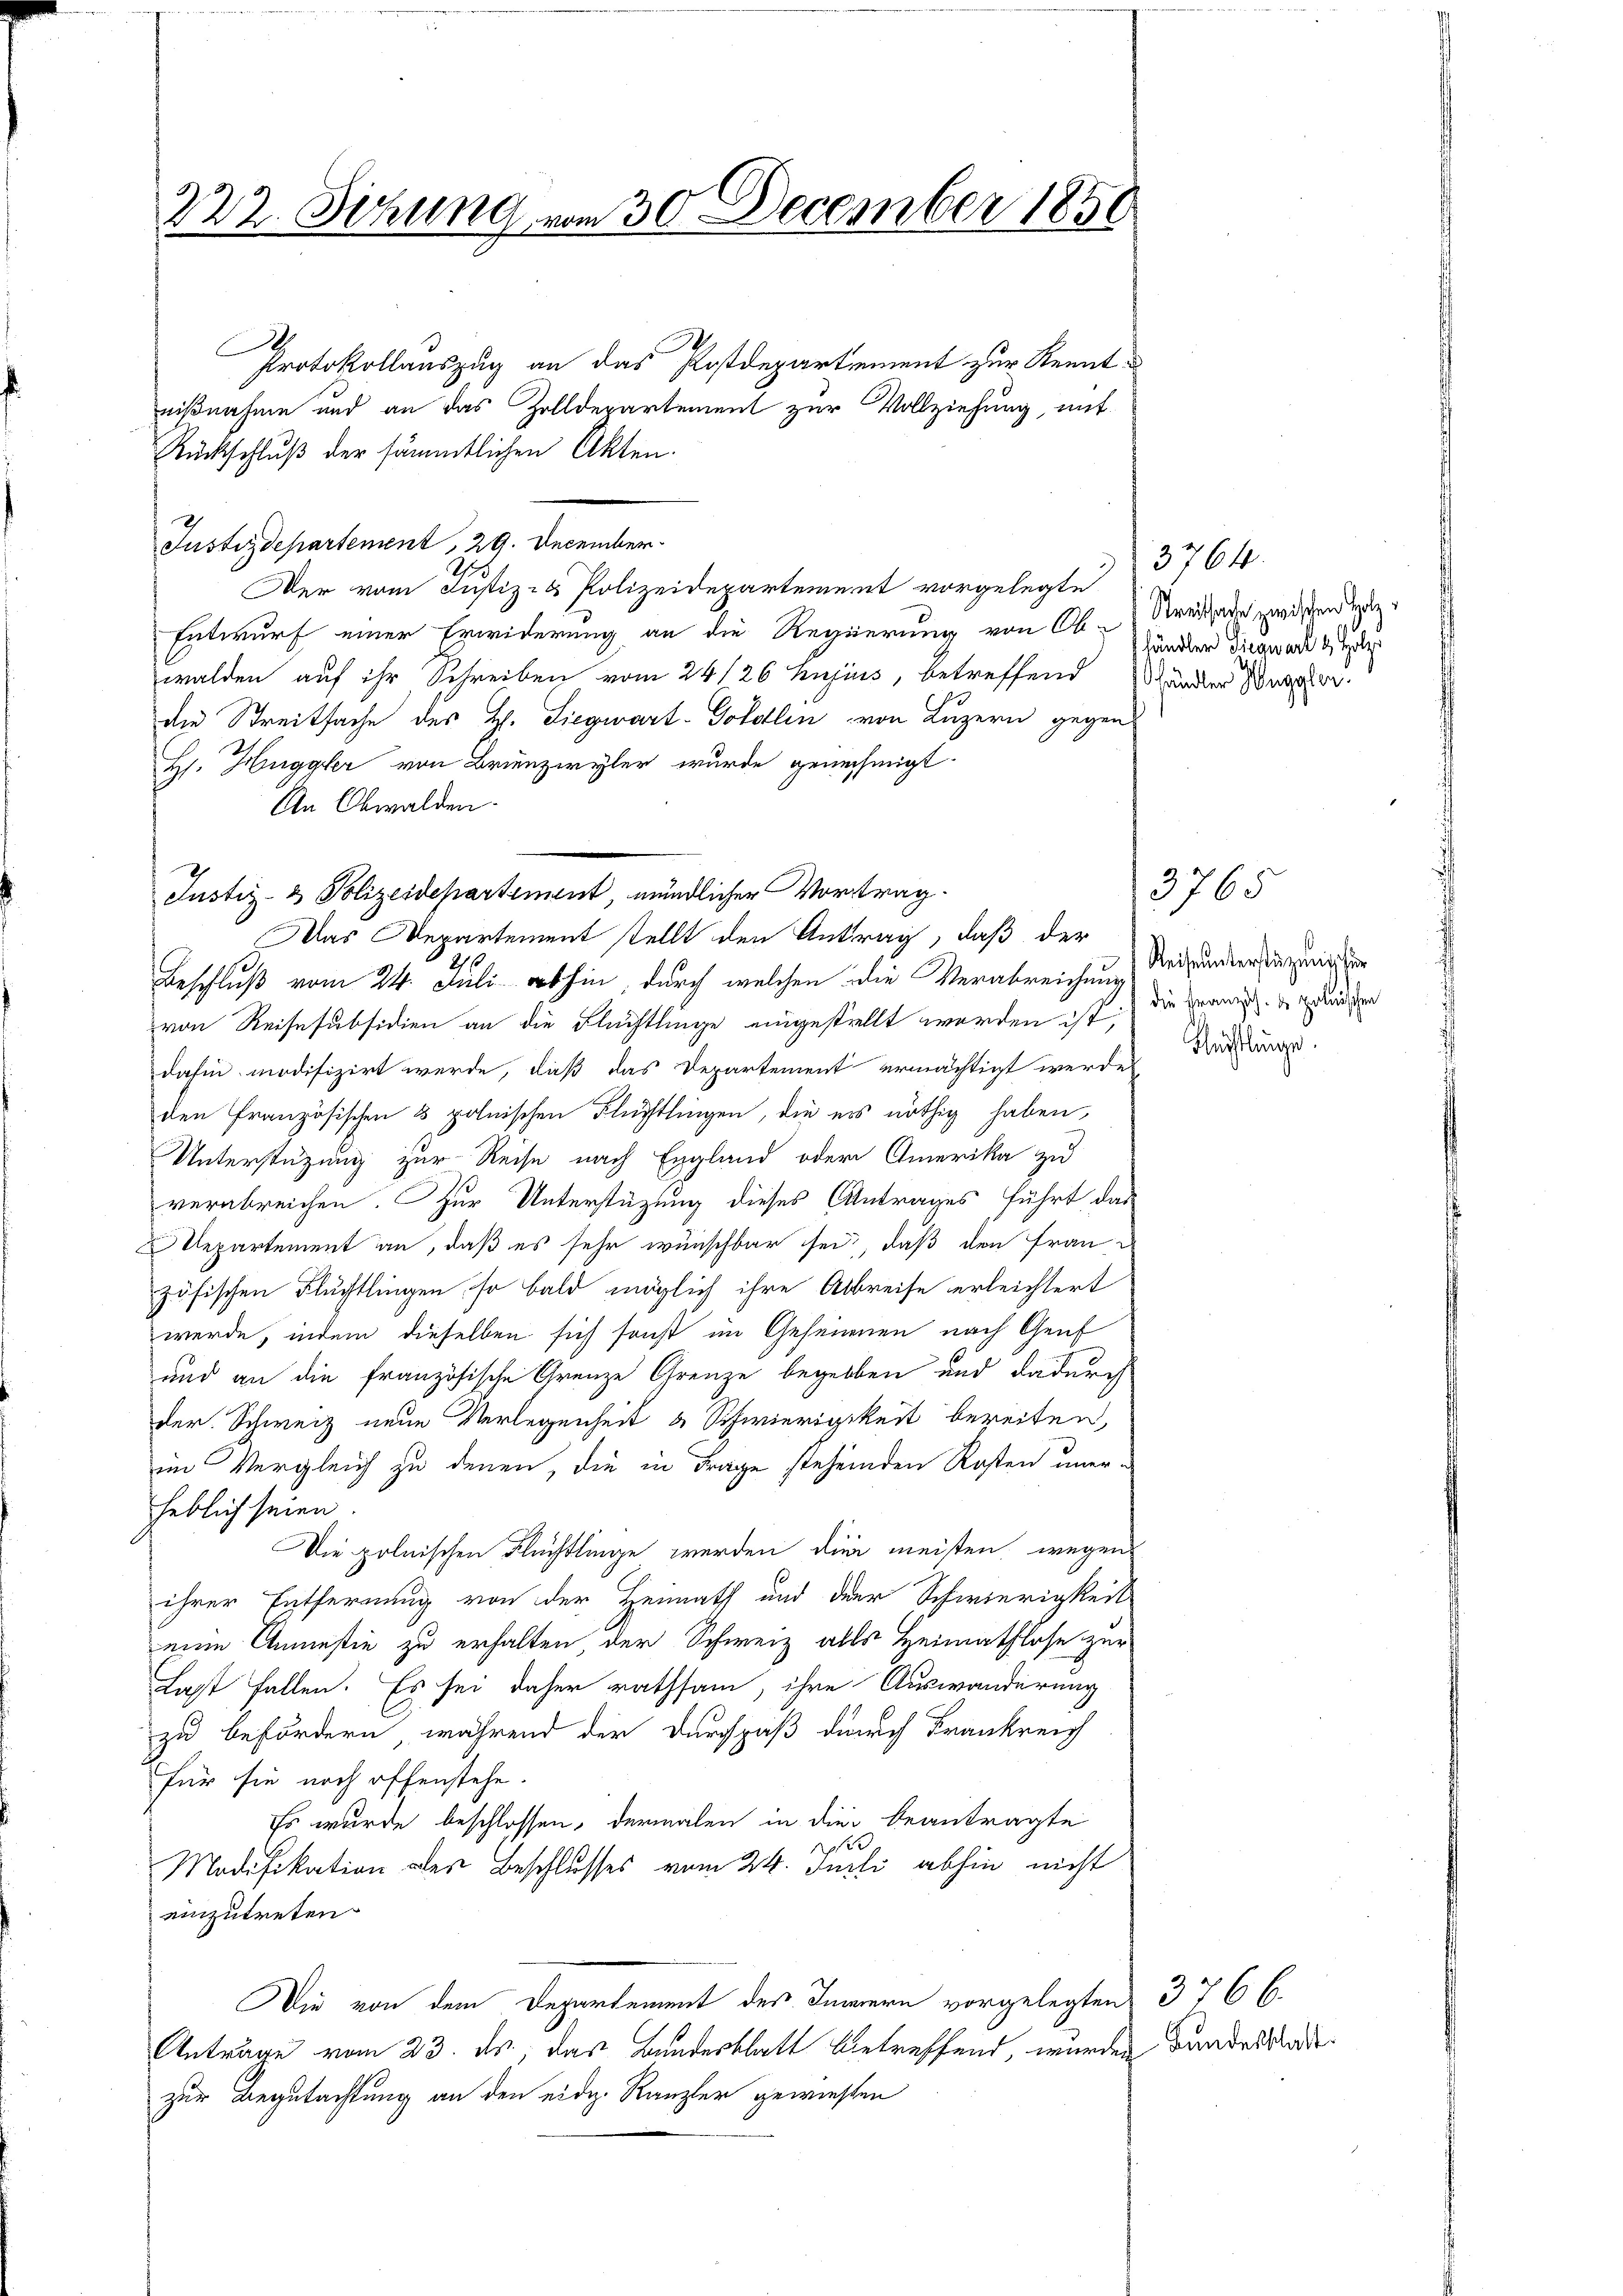
E
Protokollauszug an das Postdepartement zur Kenntnißnahme und an das Zolldepartement zur Vollziehung, mit
Rückschluß der sämmtlichen Akten.
Justizdepartement, 29. December
Der vom Justiz- & Polizeidepartement vorgelegte
Entwurf einer Erwiderung an die Regierung von Ob-
walden auf ihr Schreiben vom 24/26 hujuss, betreffend Wandler u
die Streitsache des H. Liegwart-Gotollen von Luzern gegen
Hs. Huggler von Brienzwyler wurde genehmigt.
An Obwalden.
Justiz- & Polizeidepartement, mündlicher Vortrag.
Das Departement stellt den Antrag, daß der
2.
Beschluß vom 24. Juli abhin, durch welchen die Verabreichnung Reisenderenzeigen
von Reise subsidien an die Flüchtlinge eingestellt worden ist; die Franz der Erndten
dahin modifizirt werde, daß das Departement ermächtigt werde,
den französischen 3 polnischen Flüchtlingen, die es nöthig haben,
Unterstützung zur Reise nach England oder Amerika zu
verabreichen. Zur Unterstützung dieses Antrages führt das
Repartement an, daß es sehr wünschbar sei, daß den Frau
zösischen Flüchtlingen, so bald möglich ihre Albreise erleichtert
werde, indem dieselben sich sonst im Gesenenen nach Genf
und an die französische Grenze Grenze begelben und dadurch
der Schweiz neue Verlegenheit & Schwierigkeit bereiten,
im Vergleich zu denen, die in Frage stehenden Kosten unerheblich seien
Die polnischen Flüchtlinge werden die meisten, wegen
ihrer Entfernung von der Heimath und der Schwierigkeit
eine Anmesie zu erhalten der Schweiz alls Heimathlose zur
Last fallen. Es sei daher rathsam, ihre Auswanderung
zu befördern, während der Durchpaß durch Frankreich
für sie noch offenstehe.
Es wurde beschlossen, dermalen in die beantragte
e
Modifikation oder Beschlusses vom 24. Justi abhin nicht
einzutreten.
Die von dem Departement des Innern vorgelegten 376 6.
Anträge vom 23. ds, das Bundesblatt betreffend, wurden Bundeskadezur Begutachtung an den eidg. Kanzler gewiesen

222. Sitzung vom 30 December 1850

3764.
Streitsade zwischen Holzhändler Siegwart & Holz

Auslänge

3765